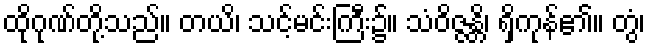
ထိုဂုဏ်တို့သည်။ တယိ၊ သင့်မင်းကြီး၌။ သံဝိဇ္ဇန္တိ၊ ရှိကုန်၏။ တွံ၊